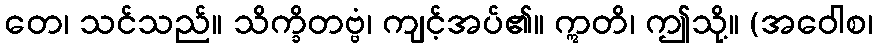
တေ၊ သင်သည်။ သိက္ခိတဗ္ဗံ၊ ကျင့်အပ်၏။ ဣတိ၊ ဤသို့။ (အဝေါစ၊